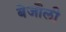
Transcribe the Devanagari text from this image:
बेजौली